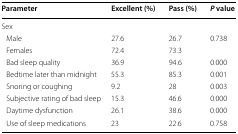
| Parameter | Excellent (%) | Pass (%) | P value |
 | --- | --- | --- | --- |
 | <COLSPAN=4> Sex |
 | Male | 27.6 | 26.7 | <ROWSPAN=2> 0.738 |
 | Females | 72.4 | 73.3 |
 | Bad sleep quality | 36.9 | 94.6 | 0.000 |
 | Bedtime later than midnight | 55.3 | 85.3 | 0.001 |
 | Snoring or coughing | 9.2 | 28 | 0.003 |
 | Subjective rating of bad sleep | 15.3 | 46.6 | 0.000 |
 | Daytime dysfunction | 26.1 | 38.6 | 0.000 |
 | Use of sleep medications | 23 | 22.6 | 0.758 |